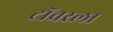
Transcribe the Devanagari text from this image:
टॉवरला